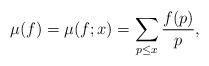
LaTeX: \begin{align*} \mu(f) = \mu(f;x) = \sum_{p \leq x} \frac{f(p)}{p},\end{align*}